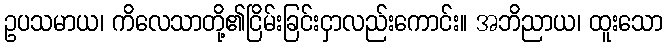
ဥပသမာယ၊ ကိလေသာတို့၏ငြိမ်းခြင်းငှာလည်းကောင်း။ အဘိညာယ၊ ထူးသော